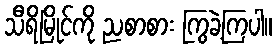
သီရိမြိုင်ကို ညစာစား ကြွခဲ့ကြပါ။